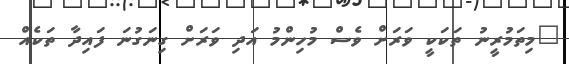
"މިތަމުރީނު ތަކަކީ ވަރަށް ވެސް މުހިންމު އަދި ވަރަށް ގިނަގުނަ ފައިދާ ތަކެއް